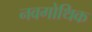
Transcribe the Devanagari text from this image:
नवगोथिक